Scottish Leaving Certificate Examination, 1956
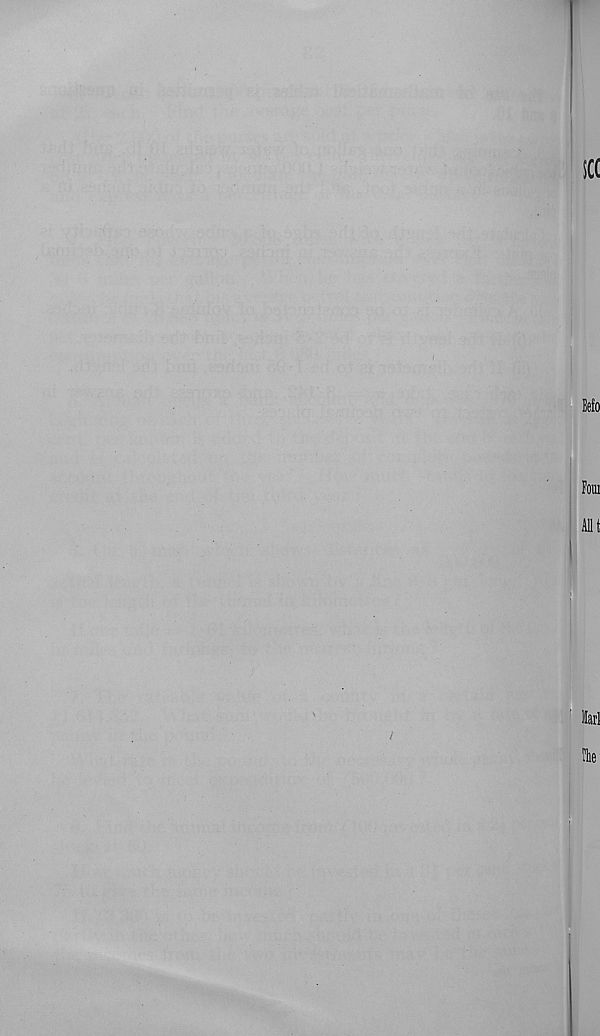
see
Eefo
Foui
Allt
Harl
the